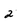
Character: 2